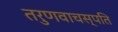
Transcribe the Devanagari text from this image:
तरुणवाचस्पति